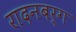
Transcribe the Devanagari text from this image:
रादनबर्ग